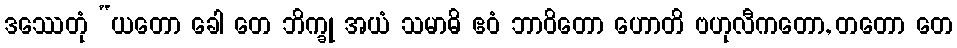
ဒဿေတုံ “ယတော ခေါ တေ ဘိက္ခု အယံ သမာဓိ ဧဝံ ဘာဝိတော ဟောတိ ဗဟုလီကတော, တတော တေ